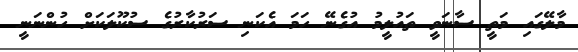
މާލޭގައި މަތީ ސާނަވީ ތައުލީމު އުގެނޭ ހަމަ އެކަނި ސަރުކާރުގެ ސުކޫލަކަށް ހުންނަނީ